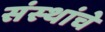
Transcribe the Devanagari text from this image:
संस्‍थांचे